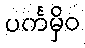
ပင်္ကမှိဝ